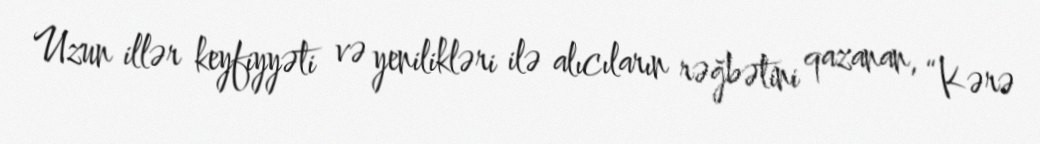
Uzun illər keyfiyyəti və yenilikləri ilə alıcıların rəğbətini qazanan, “Kərə